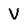
Character: V